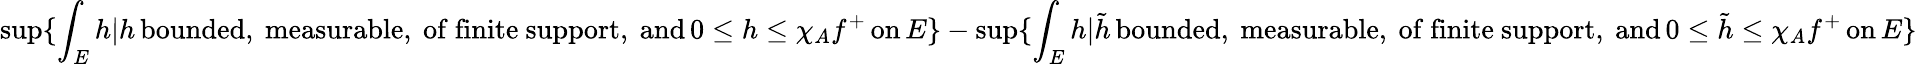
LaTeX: \operatorname*{sup}\{ \int_{E}h\vert h\, \mathrm{bounded,~measurable,~of~finite~support,~and}\, 0\leq h\leq\chi_{A}f^{+}\, \mathrm{on}\, E\} -\operatorname*{sup}\{ \int_{E}h\vert\tilde{h}\, \mathrm{bounded,~measurable,~of~finite~support,~and}\, 0\leq\tilde{h}\leq\chi_{A}f^{+}\, \mathrm{on}\, E\}